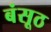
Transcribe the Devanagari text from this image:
बंसूठ